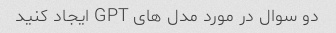
دو سوال در مورد مدل های GPT ایجاد کنید